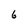
Character: 6